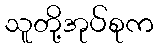
သူတို့အုပ်စုက